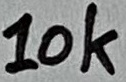
Text: 10k